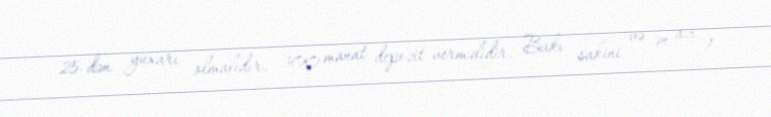
25-dən yuxarı olmalıdır, 300 manat depozit verməlidir, Bakı sakini və ən azı 1